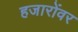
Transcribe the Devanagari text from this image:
हजारोंवर